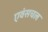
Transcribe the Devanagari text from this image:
एवंसचल